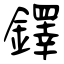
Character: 鐸